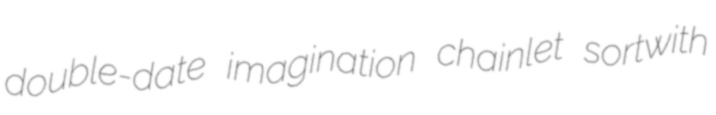
double-date imagination chainlet sortwith